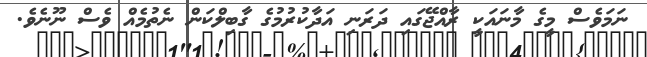
ނަމަވެސް މީގެ މާނައަކީ ރާއްޖޭގައި ދަރަނި އަދާކުރުމުގެ ގާބިލްކަން ނެތުމެއް ވެސް ނޫނެވެ.